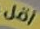
أقل